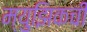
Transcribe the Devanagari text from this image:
म्युझिकची